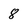
Character: 8